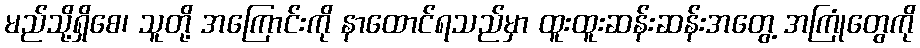
မည်သို့ရှိစေ၊ သူတို့ အကြောင်းကို နာထောင်ရသည်မှာ ထူးထူးဆန်းဆန်းအတွေ့ အကြုံတွေကို